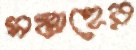
সপ্তাহের